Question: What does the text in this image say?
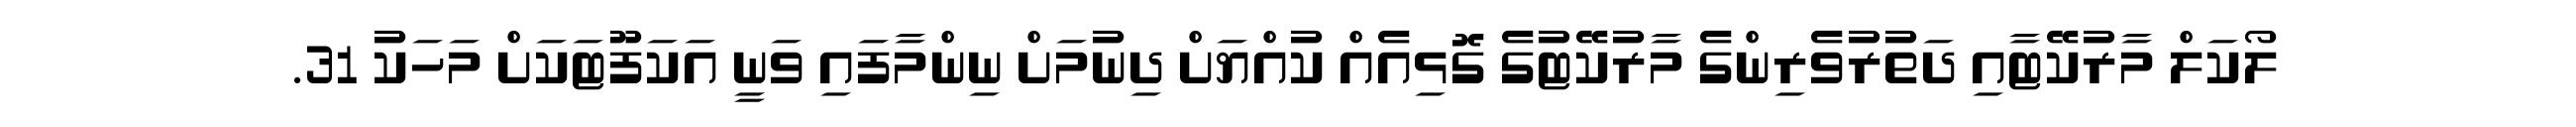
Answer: ލޯކަލް މާރުކޭޓާއި ދަތުރުވެރިންގެ މާރުކޭޓުގެ ގޮޅިއެއް ކުއްޔަށް ދިނުމަށް ނިންމާފައި ވަނީ އަކަފޫޓަކަށް މަހަކު 31.